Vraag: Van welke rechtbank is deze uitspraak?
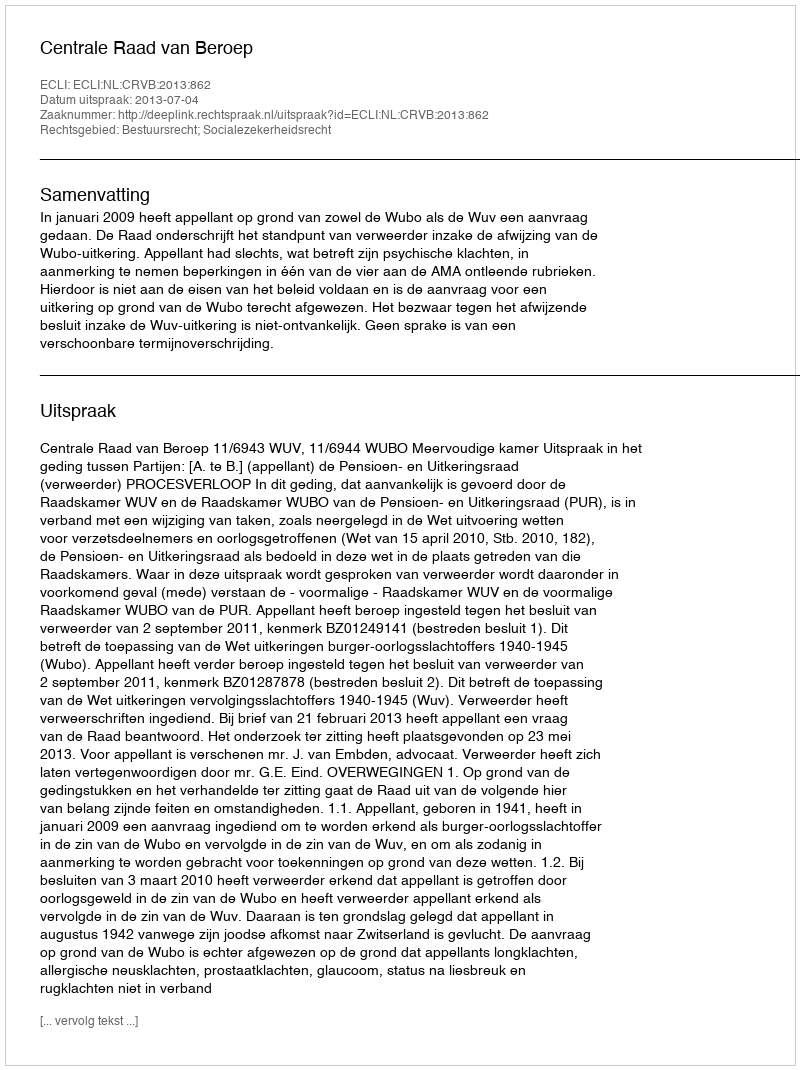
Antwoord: Centrale Raad van Beroep